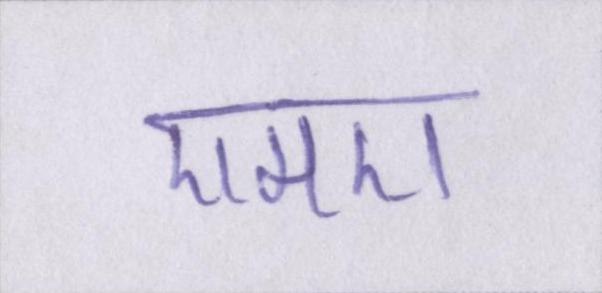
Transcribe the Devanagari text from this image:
एमए